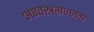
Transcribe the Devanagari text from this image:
अण्वस्त्रसज्जता